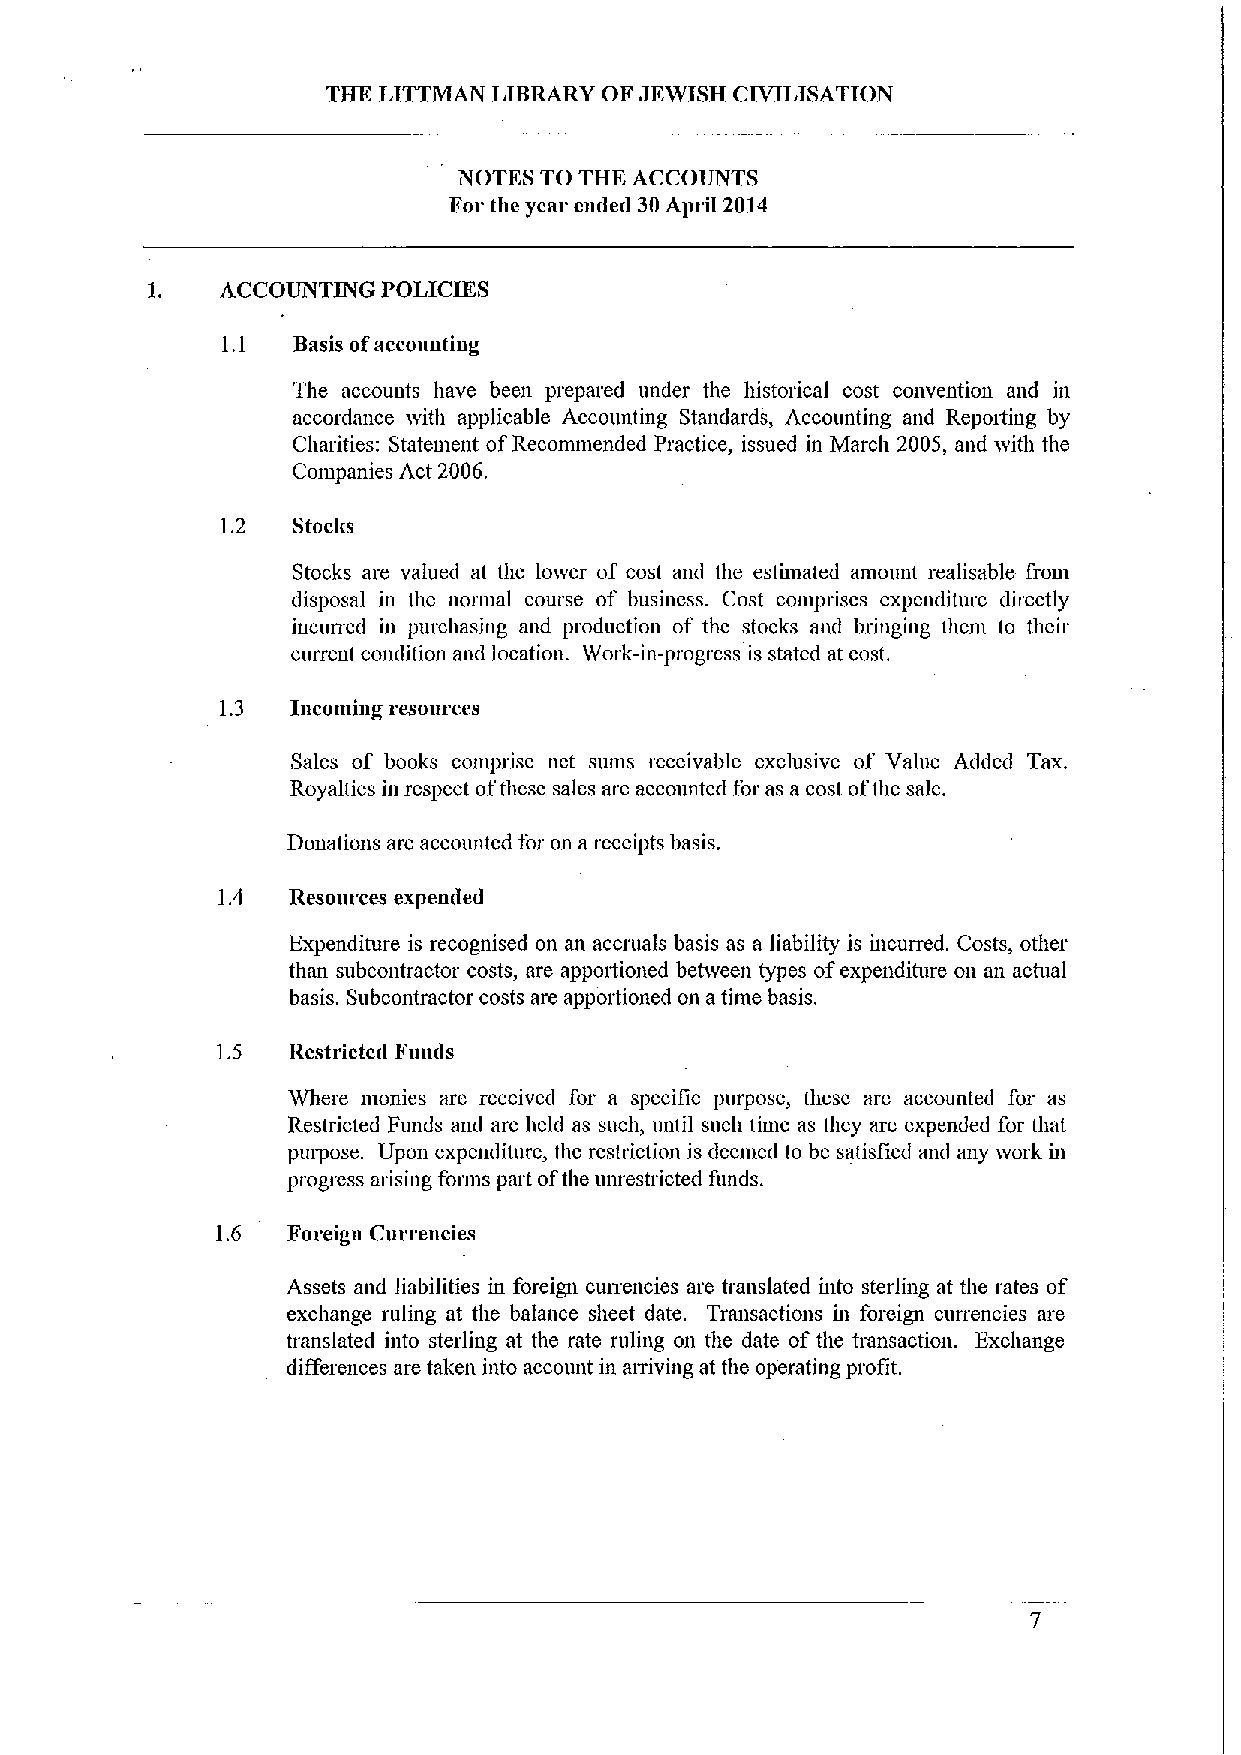
THE LITTMAN LIBRARY OF JEWISH CIVILISATION
 NOTES TO THE ACCOUNTS
 For the year cade&1 30April 2014
 ACCOUNTING POLICIES
 1.1 Basis ofaccouutiug
 The accounts have been prepared under the historical cost conventiou and in
 accordance ivith applicable Accounting Standards, Accounting and Repoiting by
 Charities: Statement ofRecommended Practice, issued in March 2005, and ivith the
 Coiupanies Act 2006.
 1.2 Stocks
 Stocks are valued at the loiver of cost and the estimated amount realisable froui
 disposal in the normal course of business. Cost comprises expenditure directly
 iucuned in purchasing and production of the stocks and bringing them to their
 current condition aml location. Work-hi-progress is stated at cost.
 1.3 Incoming resources
 Sales of books comprise net sums receivable exclusive of Vahie Added Tax.
 Royalties in respect ofthese sales are accounted for as a cost ofthe sale.
 Donations are accounted for on areceipts basis.
 1.4  Resources expemled
 Expenditure is recognised on an accruals basis as a liability is uicurred. Costs, other
 than subcontractor costs, are apportioned between types ofexpenditure on an actual
 basis. Subcontractor costs are apportioned on atime basis.
 1.5  Restricted Funds
 Where monies are received for a specific purpose, these are accounteil for as
 Restricted Funds and are held as such, until such time as they are expended for that
 purpose. Upon expenditure, the restriction is deemed to be satisfied and any ivork in
 progress arising forms part ofthe unrestricted funds.
 1.6  Foreign Currencies
 Assets and liabilities in foreign cunencies are translated uito sterling at the rates of
 exchange ruling at the balance sheet date. Transactions in foreign currencies are
 translated into sterliug at the rate ruling on the date ofthe transaction. Exchange
 differences are taken into account in aniving at the operating profit.